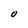
Character: O